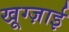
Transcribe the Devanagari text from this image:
खूग्ज़ाई